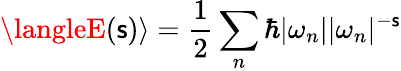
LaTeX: \langleE(\mathsf{s})\rangle={\frac{{1}}{{2}}}\sum_{n}\hbar|\omega_{n}||\omega_{n}|^{-\mathsf{s}}